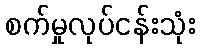
စက်မှုလုပ်ငန်းသုံး